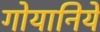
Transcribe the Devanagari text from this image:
गोयानिये